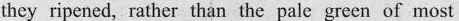
they ripened, rather than the pale green of most